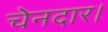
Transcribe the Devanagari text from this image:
चेनदार।